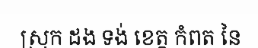
ស្រុក ដង ទង់ ខេត្ត កំពត នៃ